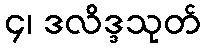
၄၊ ဒလိဒ္ဒသုတ်